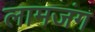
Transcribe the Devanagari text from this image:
लामजंग